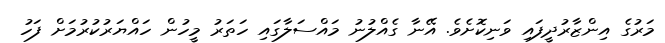
މަރުގެ އިންޒާރުދީފައި ވަނިކޮށެވެ. އޭނާ ގެއްލުނު މައްސަލާގައި ހަތަރު މީހުން ހައްޔަރުކުރުމަށް ފަހު